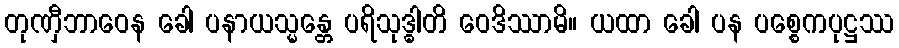
တုဏှီဘာဝေန ခေါ ပနာယသ္မန္တေ ပရိသုဒ္ဓါတိ ဝေဒိဿာမိ။ ယထာ ခေါ ပန ပစ္စေကပုဋ္ဌဿ